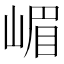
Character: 嵋